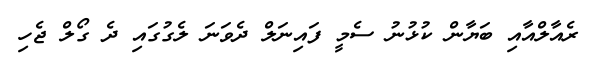
ރެއާލްއާއި ބަޔާން ކުޅުނު ސެމީ ފައިނަލް ދެވަނަ ލެގުގައި ދެ ގޯލް ޖެހި